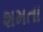
શમતા